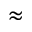
\approx